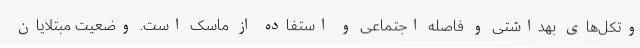
وتکل‌های بهداشتی و فاصله اجتماعی و استفاده از ماسک است. وضعیت مبتلایان